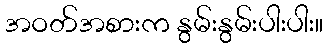
အဝတ်အစားက နွမ်းနွမ်းပါးပါး။